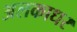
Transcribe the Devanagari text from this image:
अलकाधर